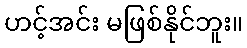
ဟင့်အင်း မဖြစ်နိုင်ဘူး။